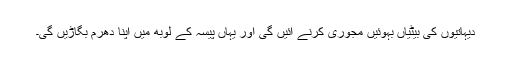
دیہاتیوں کی بیٹیاں بہوئیں مجوری کرنے آئیں گی اور یہاں پیسہ کے لوبھ میں اپنا دھرم بگاڑیں گی۔